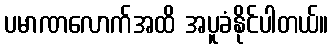
ပမာဏလောက်အထိ အပူခံနိုင်ပါတယ်။